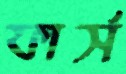
ফার্স